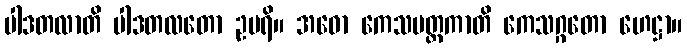
ပါဒတလာတိ ပါဒတလတော ဥပရိ။ အဓော ကေသမတ္ထကာတိ ကေသဂ္ဂတော ဟေဋ္ဌာ။